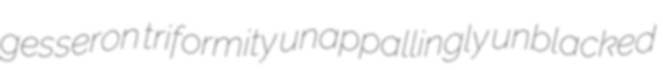
gesseron triformity unappallingly unblacked